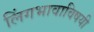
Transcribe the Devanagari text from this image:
लिंगभावाविषयी